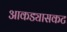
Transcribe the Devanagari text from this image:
आकड्यासकट